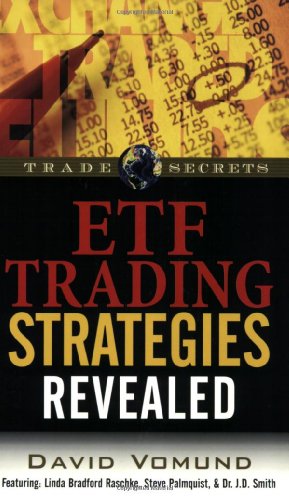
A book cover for ETF Trading Strategies Revealed (Trade Secrets (Marketplace Books)); David Vomund; Business & Money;